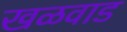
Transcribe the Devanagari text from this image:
खळवाड